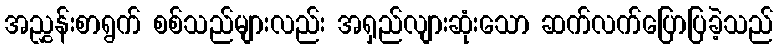
အညွှန်းစာရွက် စစ်သည်များလည်း အရှည်လျားဆုံးသော ဆက်လက်ပြောပြခဲ့သည်